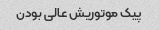
پیک موتوریش عالی بودن